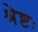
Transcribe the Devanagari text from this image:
श्रेष्टः